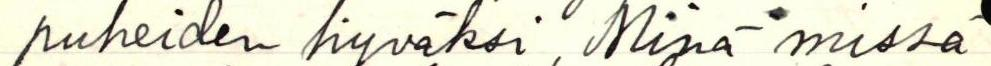
puheiden hyväksi, Minä missä